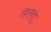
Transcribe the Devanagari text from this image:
प्रिन्स्लू